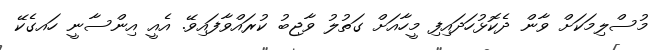
މުސްލިމަކަށް ވާން ދެކޮޅުހަދައިފި މީހާއަށް ގަތުލު ވާޖިބު ކުރައްވާފައިވޭ. އެއީ އިންސާނީ ހައގެކޭ